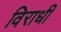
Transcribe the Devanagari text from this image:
विराधी